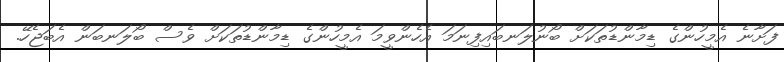
ފަށާނެ އެމީހުންގެ ޑިމާންޑުތަކަށް ބޯނުލަނބައިފިނަމަ އެހެންވީމަ އެމީހުންގެ ޑިމާންޑުތަކަށް ވެސް ބޯލަނބަން އެބަޖެހޭ.